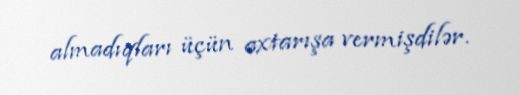
almadıqları üçün axtarışa vermişdilər.